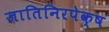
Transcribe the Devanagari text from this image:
जातिनिरपेक्ष